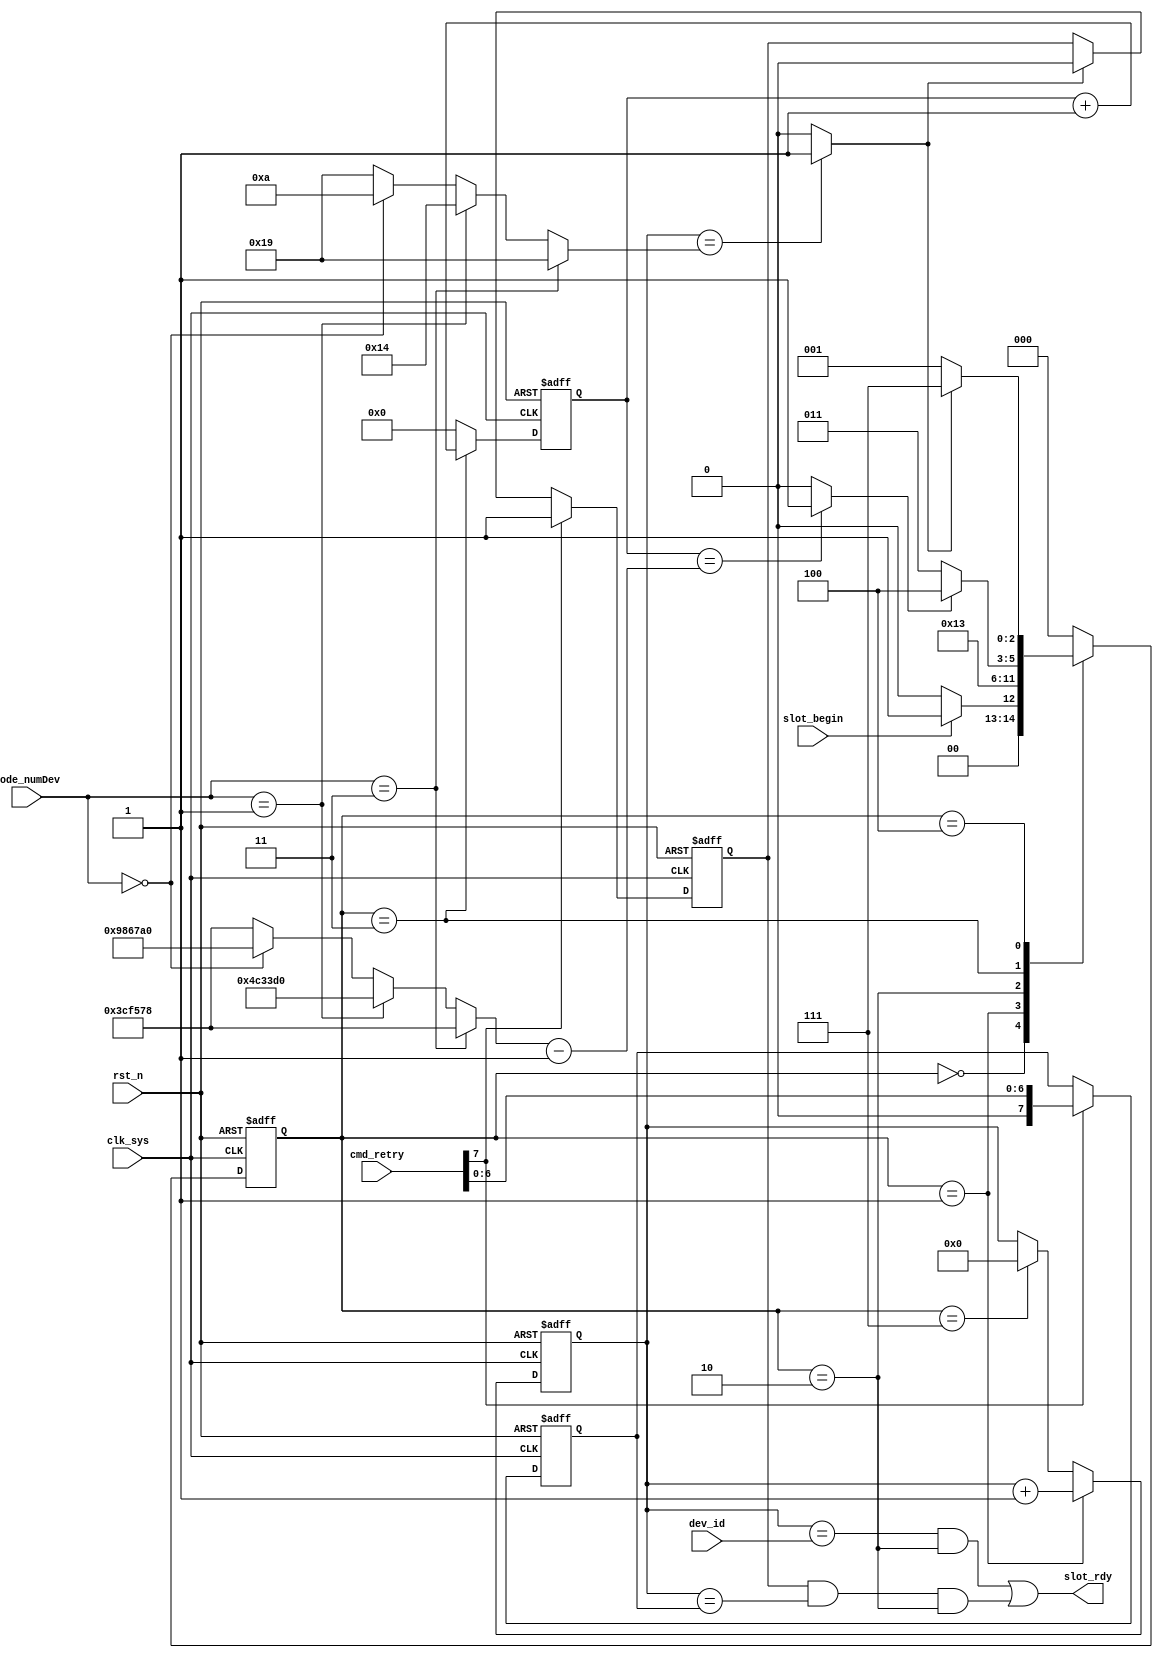
//commu_slot.v


module commu_slot(
slot_begin,
slot_rdy,
mode_numDev,
dev_id,
cmd_retry,
//clk rst
clk_sys,
rst_n
);
input 	slot_begin;
output 	slot_rdy;
input [1:0]	mode_numDev;
input [7:0]	dev_id;
input [7:0]	cmd_retry;
//clk rst
input clk_sys;
input rst_n;
//-------------------------------------------
//-------------------------------------------




//---------- total slot and slot period ---------
wire [7:0] total_slot;
assign total_slot = (mode_numDev == 2'h3) ? 8'd25 :
										(mode_numDev == 2'h1) ? 8'd20 : 
										(mode_numDev == 2'h0) ? 8'd10 : 8'd25;
wire [23:0] slot_period;
`ifdef SIM
assign slot_period =(mode_numDev == 2'h3) ? 24'd3_84 :
										(mode_numDev == 2'h1) ? 24'd4_80 :
										(mode_numDev == 2'h0) ? 24'd9_60 : 24'd3_84;
`else 
assign slot_period =(mode_numDev == 2'h3) ? 24'd39_950_00 :
										(mode_numDev == 2'h1) ? 24'd49_940_00 :
										(mode_numDev == 2'h0) ? 24'd99_880_00 : 24'd39_950_00;
`endif


//----------- main FSM ---------
parameter S_IDLE = 3'h0;
parameter S_HEAD = 3'h1;
parameter S_MARK = 3'h2;
parameter S_SLOT = 3'h3;
parameter S_CHECK = 3'h4;
parameter S_DONE = 3'h7;
reg [2:0] st_commu_slot;
wire finish_slot;
wire finish_all;
always @ (posedge clk_sys or negedge rst_n)	begin
	if(~rst_n)
		st_commu_slot <= S_IDLE;
	else begin
		case(st_commu_slot)
			S_IDLE : st_commu_slot <= slot_begin ? S_HEAD : S_IDLE;
			S_HEAD : st_commu_slot <= S_MARK;
			S_MARK : st_commu_slot <= S_SLOT;
			S_SLOT : st_commu_slot <= finish_slot ? S_CHECK : S_SLOT;
			S_CHECK: st_commu_slot <= finish_all ? S_DONE : S_HEAD;
			S_DONE : st_commu_slot <= S_IDLE;
			default: st_commu_slot <= S_IDLE;
		endcase
	end
end
wire slot_head = (st_commu_slot == S_HEAD) ? 1'b1 : 1'b0;



//---------- FSM finish_slot --------
reg [23:0] cnt_slot_cycle;
always @ (posedge clk_sys or negedge rst_n)	begin
	if(~rst_n)
		cnt_slot_cycle <= 24'h0;
	else if( st_commu_slot == S_SLOT)
		cnt_slot_cycle <= cnt_slot_cycle + 24'h1;
	else 
		cnt_slot_cycle <= 24'h0;
end
assign finish_slot = (cnt_slot_cycle == (slot_period - 24'h1)) ? 1'b1 : 1'b0;


//------------- FMS finish_all --------
reg [7:0] cnt_slot_id;
always @ (posedge clk_sys or negedge rst_n)	begin
	if(~rst_n)
		cnt_slot_id <= 8'h0;
	else if(st_commu_slot == S_HEAD)
		cnt_slot_id <= cnt_slot_id + 8'h1;
	else if(st_commu_slot == S_DONE)
		cnt_slot_id <= 8'h0;
	else ;
end
assign finish_all = (cnt_slot_id == total_slot) ? 1'b1 : 1'b0;


//-------- slot_fix -----------
wire slot_fix;
assign slot_fix = (cnt_slot_id == dev_id) & (st_commu_slot == S_MARK);


//--------- slot_cmd -----------
wire slot_cmd;
wire cmd_re;
assign cmd_re = cmd_retry[7];
reg [7:0] cmd_slot_id;
always @ (posedge clk_sys or negedge rst_n)	begin
	if(~rst_n)
		cmd_slot_id <= 8'h0;
	else if(cmd_re)
		cmd_slot_id = {1'b0,cmd_retry[6:0]};
	else ;
end
reg lock_cmd_re;
always @ (posedge clk_sys or negedge rst_n)	begin
	if(~rst_n)
		lock_cmd_re <= 1'b0;
	else if(cmd_re)
		lock_cmd_re <= 1'b1;
	else if(finish_all)
		lock_cmd_re <= 1'b0;
	else ;
end
assign slot_cmd = lock_cmd_re & 
									(cnt_slot_id == cmd_slot_id) & (st_commu_slot == S_MARK);

//------------ slot_rdy ----------
wire slot_rdy  = slot_fix | slot_cmd;


endmodule